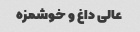
عالی داغ و خوشمزه